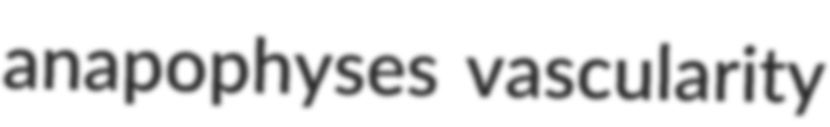
anapophyses vascularity